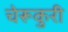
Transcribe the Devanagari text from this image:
चेरूकुरी